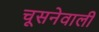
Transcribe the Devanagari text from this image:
चूसनेवाली